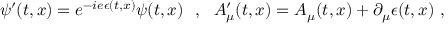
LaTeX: \psi ^ { \prime } ( t , x ) = e ^ { - i e \epsilon ( t , x ) } \psi ( t , x ) \ \ , \ \ A _ { \mu } ^ { \prime } ( t , x ) = A _ { \mu } ( t , x ) + \partial _ { \mu } \epsilon ( t , x ) \ ,